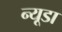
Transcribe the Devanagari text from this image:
न्यूडा